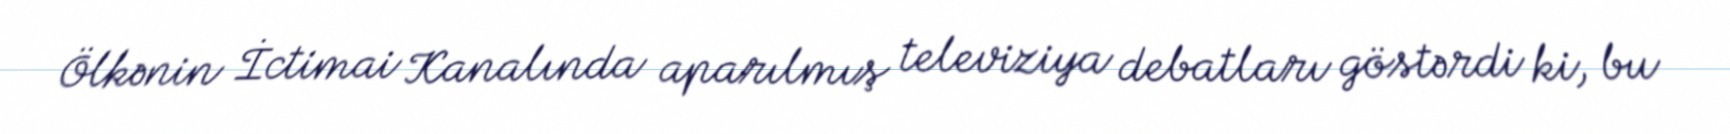
Ölkənin İctimai Kanalında aparılmış televiziya debatları göstərdi ki, bu